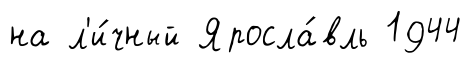
на л'и́чный Яросла́вль 1944